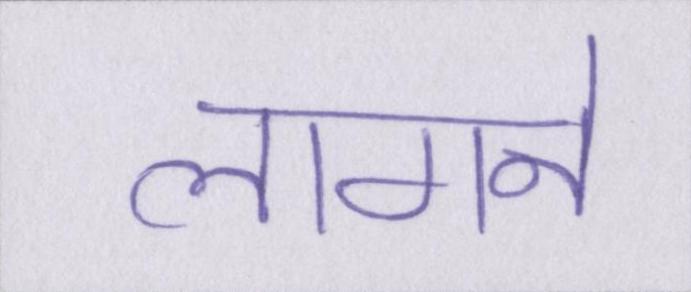
लागने